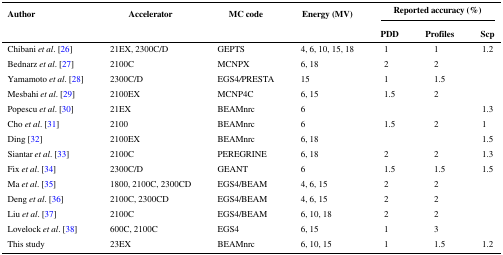
| Author | Accelerator | MC code | Energy (MV) | <COLSPAN=3> Reported accuracy (%) |
 |  |  |  |  | PDD | Profiles | Scp |
 | --- | --- | --- | --- | --- | --- | --- |
 | Chibani et al. [26] | 21EX, 2300C/D | GEPTS | 4, 6, 10, 15, 18 | 1 | 1 | 1.2 |
 | Bednarz et al. [27] | 2100C | MCNPX | 6, 18 | 2 | 2 |  |
 | Yamamoto et al. [28] | 2300C/D | EGS4/PRESTA | 15 | 1 | 1.5 |  |
 | Mesbahi et al. [29] | 2100EX | MCNP4C | 6, 15 | 1.5 | 2 |  |
 | Popescu et al. [30] | 21EX | BEAMnrc | 6 |  |  | 1.3 |
 | Cho et al. [31] | 2100 | BEAMnrc | 6 | 1.5 | 2 | 1 |
 | Ding [32] | 2100EX | BEAMnrc | 6, 18 |  |  | 1.5 |
 | Siantar et al. [33] | 2100C | PEREGRINE | 6, 18 | 2 | 2 | 1.3 |
 | Fix et al. [34] | 2300C/D | GEANT | 6 | 1.5 | 1.5 | 1.5 |
 | Ma et al. [35] | 1800, 2100C, 2300CD | EGS4/BEAM | 4, 6, 15 | 2 | 2 |  |
 | Deng et al. [36] | 2100C, 2300CD | EGS4/BEAM | 4, 6, 15 | 2 | 2 |  |
 | Liu et al. [37] | 2100C | EGS4/BEAM | 6, 10, 18 | 2 | 2 |  |
 | Lovelock et al. [38] | 600C, 2100C | EGS4 | 6, 15 | 1 | 3 |  |
 | This study | 23EX | BEAMnrc | 6, 10, 15 | 1 | 1.5 | 1.2 |